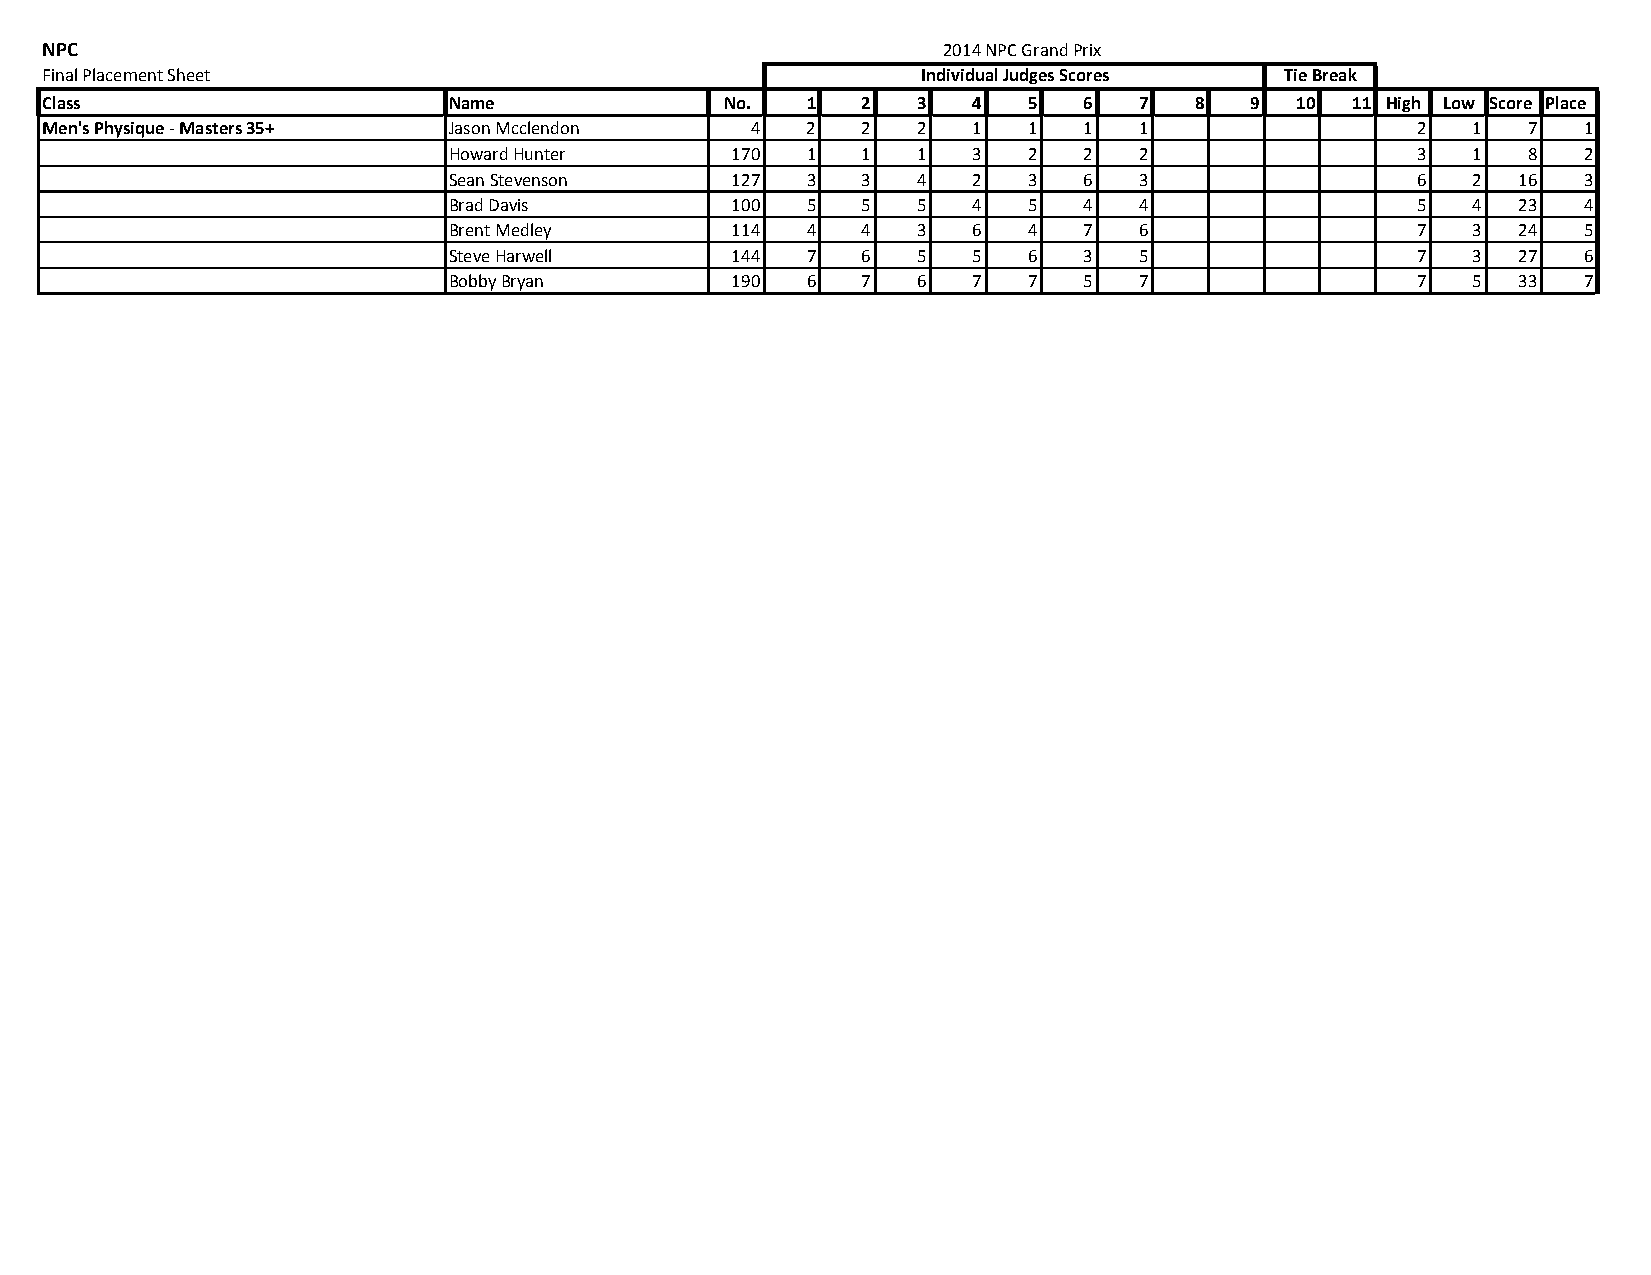
NPC                                                        2014 NPC Grand Prix
 Final Placement Sheet                                     Individual Judges Scores Tie Break
 Class                      Name              No.  1   2   3  4   5   6  7   8   9  10 11 High Low Score Place
 Men's Physique ‐ Masters 35+ Jason Mcclendon   4  2   2   2  1   1   1  1                  2  1   7   1
 Howard Hunter     170  1   1   1  3   2   2  2                  3  1   8   2
 Sean Stevenson    127  3   3   4  2   3   6  3                  6  2   16  3
 Brad Davis        100  5   5   5  4   5   4  4                  5  4   23  4
 Brent Medley      114  4   4   3  6   4   7  6                  7  3   24  5
 Steve Harwell     144  7   6   5  5   6   3  5                  7  3   27  6
 Bobby Bryan       190  6   7   6  7   7   5  7                  7  5   33  7